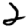
Digit: 2